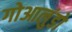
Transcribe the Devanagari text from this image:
गोआलुंडो